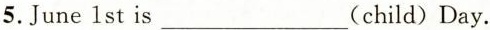
5.June 1 st is___(child) Day.